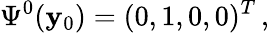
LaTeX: \Psi^{0}(\mathbf{y}_{0})=(0,1,0,0)^{T}\, ,